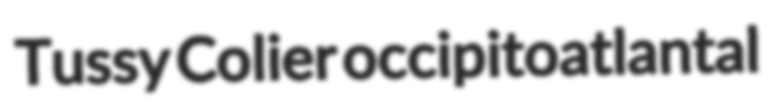
Tussy Colier occipitoatlantal